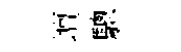
壇驄